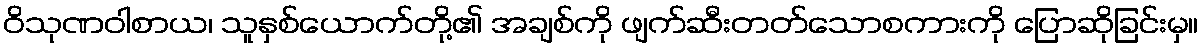
ဝိသုဏဝါစာယ၊ သူနှစ်ယောက်တို့၏ အချစ်ကို ဖျက်ဆီးတတ်သောစကားကို ပြောဆိုခြင်းမှ။